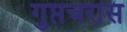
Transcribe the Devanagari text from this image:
गुप्तचरास